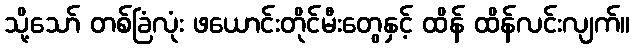
သို့သော် တစ်ခြံလုံး ဖယောင်းတိုင်မီးတွေနှင့် ထိန် ထိန်လင်းလျက်။